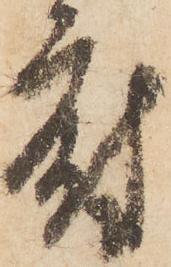
府